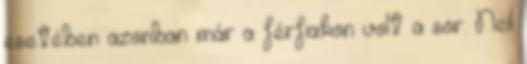
esetében azonban már a férfiakon volt a sor. Neil